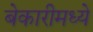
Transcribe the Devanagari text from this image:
बेकारीमध्ये